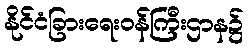
နိုင်ငံခြားရေးဝန်ကြီးဌာန၌